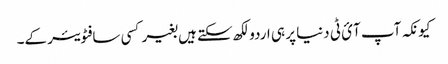
کیونکہ آپ آئ ٹی دنیا پر ہی اردو لکھ سکتے ہیں بغیر کسی سافٹویئر کے۔